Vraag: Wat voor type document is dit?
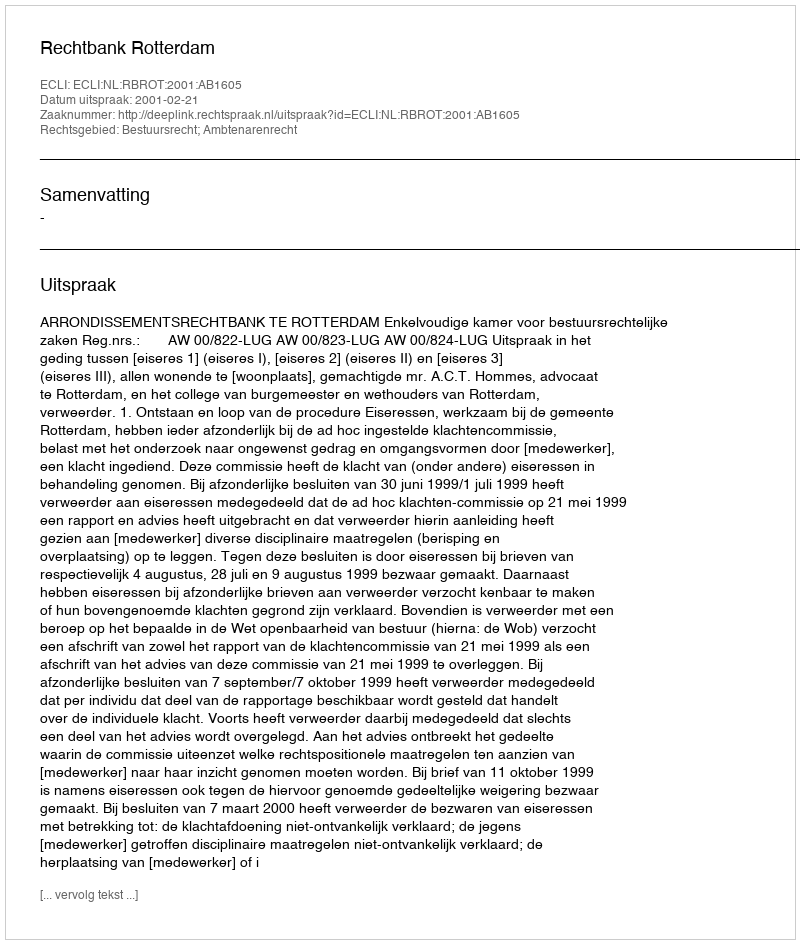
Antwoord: Uitspraak